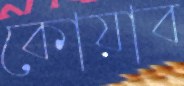
কোয়াব